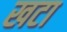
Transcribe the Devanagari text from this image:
खटा